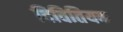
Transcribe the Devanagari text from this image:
दिवितियक